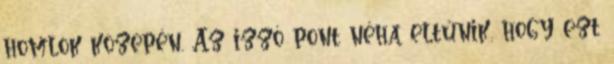
homlok közepén. Az izzó pont néha eltűnik, hogy ezt